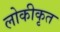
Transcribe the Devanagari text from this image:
लोकीकृत